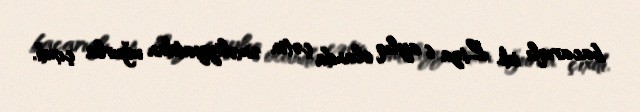
bacarıqlı idi. Liza 6 aylıq olanda çətin əməliyyatdan uğurla çıxdı.